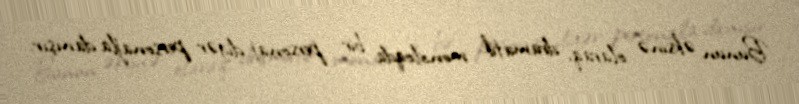
Bunun əksinə olaraq, dramatik monoloqda bir personaj digər personajla danışır.